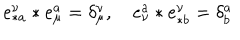
LaTeX: e _ { \ast a } ^ { \nu } \ast e _ { \mu } ^ { a } = \delta _ { \mu } ^ { \nu } , \quad e _ { \nu } ^ { a } \ast e _ { \ast b } ^ { \nu } = \delta _ { b } ^ { a }